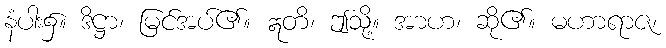
နံပါး၌။ ဒိဋ္ဌာ၊ မြင်အပ်၏။ ဣတိ၊ ဤသို့။ အာဟ၊ ဆို၏။ မဟာရာဇ၊